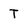
Character: T